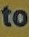
to